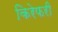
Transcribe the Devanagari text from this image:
किरेफरी